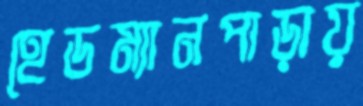
হেডম্যানপাড়ায়